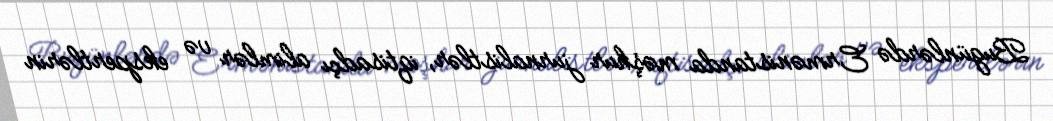
Bugünlərdə Ermənistanda məşhur jurnalistlər, iqtisadçı alimlər və ekspertlərin